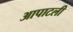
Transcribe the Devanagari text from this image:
आपाटली